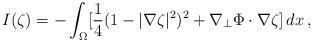
LaTeX: \begin{align*} I(\zeta)= - \int_\Omega [\frac{1}{4}(1-|\nabla\zeta|^2)^2 +\nabla_\perp\Phi\cdot\nabla\zeta]\,dx \,, \end{align*}